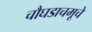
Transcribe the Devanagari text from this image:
चौघडाचमूचे